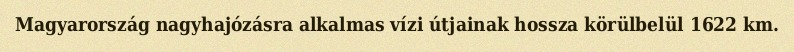
Magyarország nagyhajózásra alkalmas vízi útjainak hossza körülbelül 1622 km.